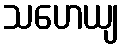
သဟေယျ